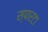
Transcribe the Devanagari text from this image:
स्पारटा